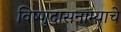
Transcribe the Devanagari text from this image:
विष्णुदासनाम्याचे